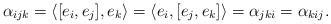
LaTeX: \begin{align*} \alpha_{ijk}=\langle[e_i,e_j],e_k \rangle=\langle e_i,[e_j,e_k]\rangle=\alpha_{jki}=\alpha_{kij}.\end{align*}